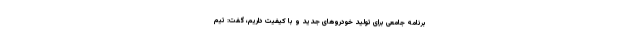
برنامه جامعی برای تولید خودروهای جدید و با کیفیت داریم، گفت: تیم